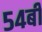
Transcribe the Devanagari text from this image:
५४बी